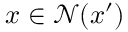
x \in \mathcal { N } ( x ^ { \prime } )